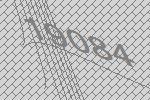
19084